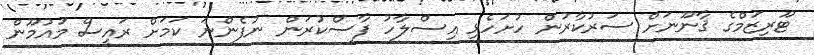
ޓޫރިޒަމްގެ ޤާނޫނަށް ސަރުކާރުން ހުށަހެޅި އިސްލާހު ފާސްކުރަން ނުފެންނަ ކަމަށް ރައީސް މައުމޫން